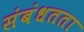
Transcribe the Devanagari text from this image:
संबंधतता